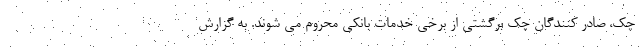
چک، صادر کنندگان چک برگشتی از برخی خدمات بانکی محروم می شوند. به گزارش